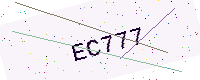
Text: EC777